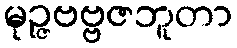
မုဉ္ဇဗဗ္ဗဇဘူတာ